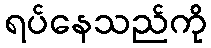
ရပ်နေသည်ကို